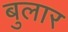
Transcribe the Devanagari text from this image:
बुलार